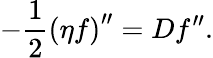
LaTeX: -\frac{1}{2}\left(\eta f\right)^{\prime\prime}=Df^{\prime\prime}.